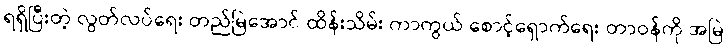
ရရှိပြီးတဲ့ လွတ်လပ်ရေး တည်မြဲအောင် ထိန်းသိမ်း ကာကွယ် စောင့်ရှောက်ရေး တာဝန်ကို အမြဲ